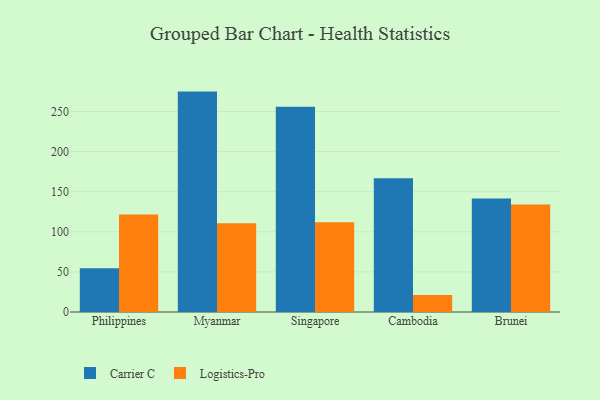
{"axis": {"x": "Country", "y": "Energy Usage (MWh)"}, "legend": ["Carrier C", "Logistics-Pro"], "data": [{"x": "Philippines", "y": 54.5, "type": "Carrier C"}, {"x": "Philippines", "y": 121.5, "type": "Logistics-Pro"}, {"x": "Myanmar", "y": 274.8, "type": "Carrier C"}, {"x": "Myanmar", "y": 110.5, "type": "Logistics-Pro"}, {"x": "Singapore", "y": 255.8, "type": "Carrier C"}, {"x": "Singapore", "y": 112.0, "type": "Logistics-Pro"}, {"x": "Cambodia", "y": 166.7, "type": "Carrier C"}, {"x": "Cambodia", "y": 21.2, "type": "Logistics-Pro"}, {"x": "Brunei", "y": 141.6, "type": "Carrier C"}, {"x": "Brunei", "y": 133.9, "type": "Logistics-Pro"}]}